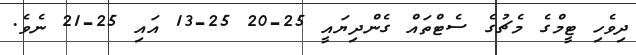
ދިވެހި ޓީމްގެ މެޗުގެ ސެޓްތައް ގެންދިޔައީ 25-20 25-13 އައި 25-21 ނެވެ.